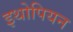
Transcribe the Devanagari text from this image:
इथोपियन